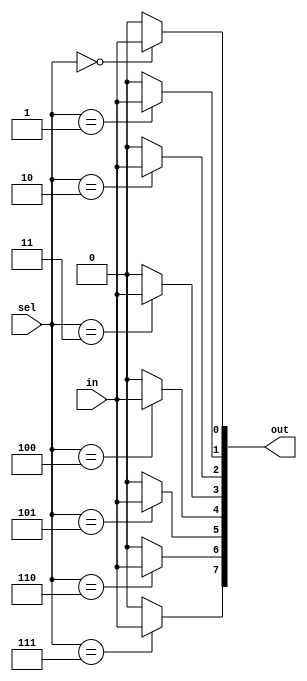
module demux_1to8 (
    input wire in,
    input wire [2:0] sel,
    output wire [7:0] out
);

assign out[0] = (sel == 3'b000) ? in : 1'b0;
assign out[1] = (sel == 3'b001) ? in : 1'b0;
assign out[2] = (sel == 3'b010) ? in : 1'b0;
assign out[3] = (sel == 3'b011) ? in : 1'b0;
assign out[4] = (sel == 3'b100) ? in : 1'b0;
assign out[5] = (sel == 3'b101) ? in : 1'b0;
assign out[6] = (sel == 3'b110) ? in : 1'b0;
assign out[7] = (sel == 3'b111) ? in : 1'b0;

endmodule